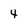
Character: 4